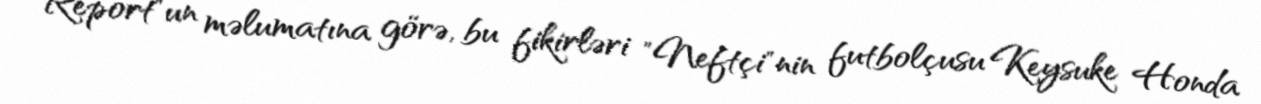
Report"un məlumatına görə, bu fikirləri "Neftçi"nin futbolçusu Keysuke Honda